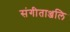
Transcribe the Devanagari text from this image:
संगीताञ्जलि